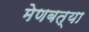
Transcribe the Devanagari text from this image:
मेणबत्या